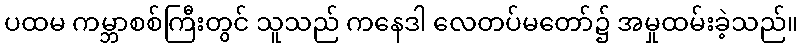
ပထမ ကမ္ဘာစစ်ကြီးတွင် သူသည် ကနေဒါ လေတပ်မတော်၌ အမှုထမ်းခဲ့သည်။